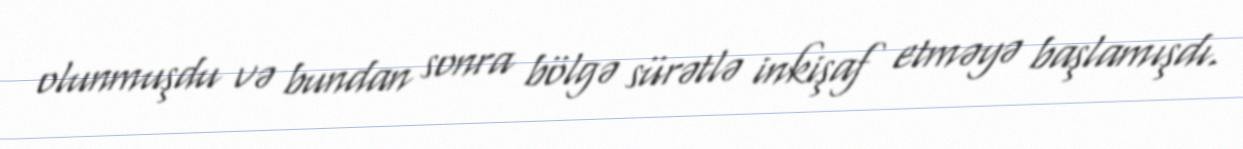
olunmuşdu və bundan sonra bölgə sürətlə inkişaf etməyə başlamışdı.